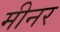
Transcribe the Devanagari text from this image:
मीनर